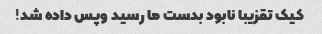
کیک تقزیبا نابود بدست ما رسید و‌پس داده شد!